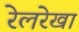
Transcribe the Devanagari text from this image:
रेलरेखा